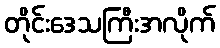
တိုင်းဒေသကြီးအလိုက်